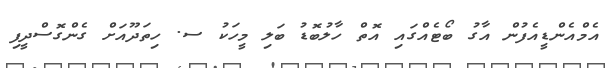
އެމްއެންޑީއެފުން އާގު ބޯޓެއްގައި އޮތް ހާލުބޮޑު ބަލި މީހަކު ސ. ހިތަދޫއަށް ގެންގޮސްދީފި